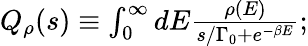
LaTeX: \begin{array}{r}{Q_{\rho}(s)\equiv\int_{0}^{\infty}dE\frac{\rho(E)}{s/\Gamma_{0}+e^{-\beta E}};}\end{array}